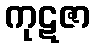
ကုဋဇာ